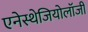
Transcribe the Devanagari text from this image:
एनेस्थेजियोलॉजी